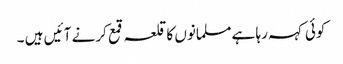
کوئی کہہ رہا ہے مسلمانوں کا قلعہ قمع کرنے آ ئیں ہیں ۔